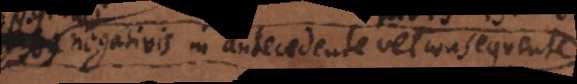
negativis in antecedente vel consequente.